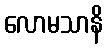
လောမသာနိ